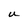
Character: U